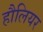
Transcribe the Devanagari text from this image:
हौलियर